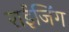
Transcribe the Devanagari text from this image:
राईजिंग